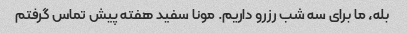
بله، ما برای سه شب رزرو داریم. مونا سفید هفته پیش تماس گرفتم